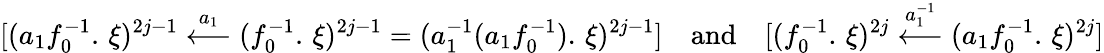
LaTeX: [(a_{1}f_{0}^{-1}.\, \xi)^{2j-1}\overset{a_{1}}{\longleftarrow}(f_{0}^{-1}.\, \xi)^{2j-1}=(a_{1}^{-1}(a_{1}f_{0}^{-1}).\, \xi)^{2j-1}]\quad\mathrm{and}\quad[(f_{0}^{-1}.\, \xi)^{2j}\overset{a_{1}^{-1}}{\longleftarrow}(a_{1}f_{0}^{-1}.\, \xi)^{2j}]